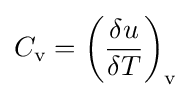
C_{\text{v}}=\left({\frac {\delta u}{\delta T}}\right)_{\text{v}}